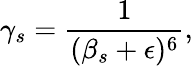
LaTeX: \gamma_{s}=\frac{1}{(\beta_{s}+\epsilon)^{6}},